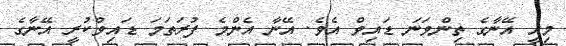
މިއީ އޭނާގެ ތިންވަނަ ޑައިވް އެވެ. އޭނާ އެންމެ ފުރަތަމަ ޑައިވްކުރީ އޭނާގެ